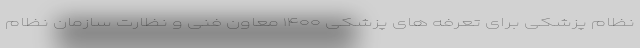
نظام پزشکی برای تعرفه های پزشکی ۱۴۰۰ معاون فنی و نظارت سازمان نظام